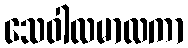
သေဝါလမာလကာ